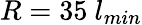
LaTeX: R=35~l_{min}